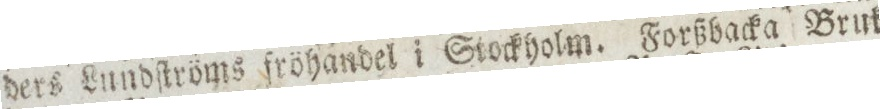
ders Lundſtröms fröhandel i Stockholm. Forßbacka Bruk